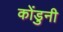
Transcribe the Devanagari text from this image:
कोंडुनी